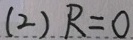
( 2 ) R = 0